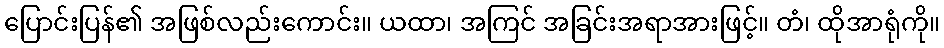
ပြောင်းပြန်၏ အဖြစ်လည်းကောင်း။ ယထာ၊ အကြင် အခြင်းအရာအားဖြင့်။ တံ၊ ထိုအာရုံကို။